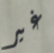
غير